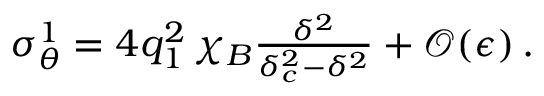
\begin{array} { r } { \sigma _ { \theta } ^ { 1 } = 4 q _ { 1 } ^ { 2 } \, \chi _ { B } \frac { \delta ^ { 2 } } { \delta _ { c } ^ { 2 } - \delta ^ { 2 } } + \mathcal { O } ( \epsilon ) \, . } \end{array}